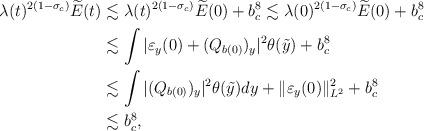
LaTeX: \begin{align*}\lambda(t)^{2(1-\sigma_c)}\widetilde{E}(t)&\lesssim\lambda(t)^{2(1-\sigma_c)}\widetilde{E}(0)+b_c^{8}\lesssim\lambda(0)^{2(1-\sigma_c)}\widetilde{E}(0)+b_c^{8}\\&\lesssim \int|\varepsilon_y(0)+(Q_{b(0)})_y|^2\theta(\tilde{y})+b_c^{8}\\&\lesssim \int|(Q_{b(0)})_y|^2\theta(\tilde{y})dy+\|\varepsilon_y(0)\|_{L^2}^2+b_c^8\\&\lesssim b_c^8,\end{align*}